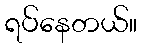
ရပ်နေတယ်။